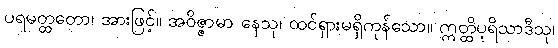
ပရမတ္ထတော၊ အားဖြင့်။ အဝိဇ္ဇာမာ နေသု၊ ထင်ရှားမရှိကုန်သော။ ဣတ္ထိပုရိသာဒီသု၊